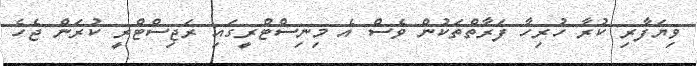
ވިޔަފާރި ކުރާ ހުރިހާ ފަރާތްތަކުން ވެސް އެ މިނިސްޓްރީގައި ރަޖިސްޓްރީ ކުރަން ޖެހެ